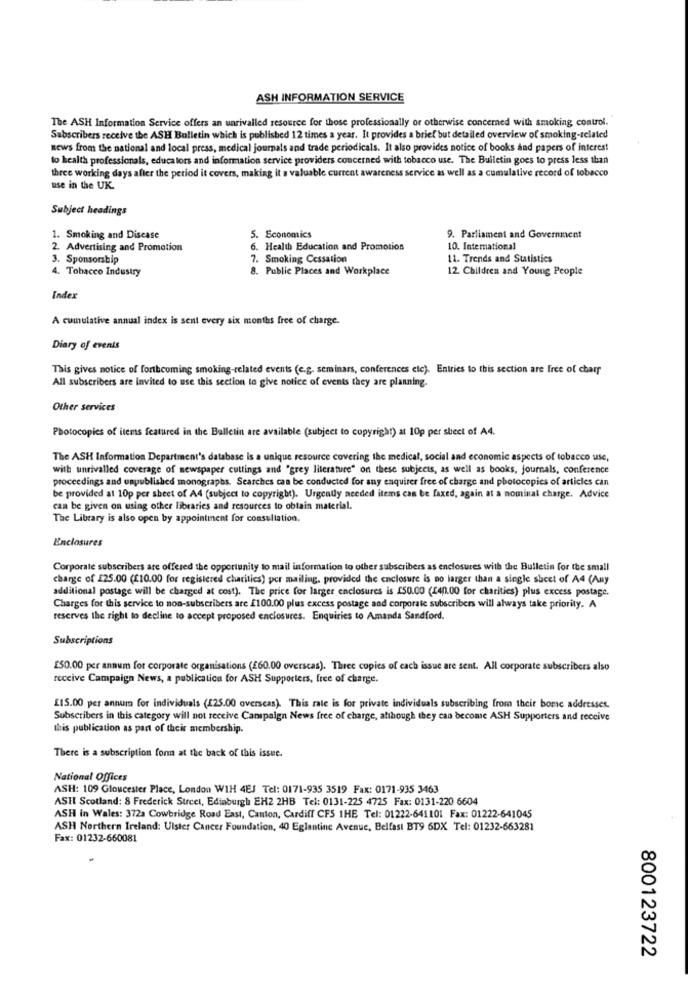
ASH INFORMATION SERVICE
The ASH Information Service offers an unrivalled resource for those professionally or otherwise concerned with smoking control.
Subscribers receive the ASH Bulletin which is published 12 times a year. It provides a brief but detailed overview of smoking-related
news from the national and local press, medical journals and trade periodicals. It also provides notice of books and papers of interest
to health professionals, educators and information service providers concerned with tobacco use. The Bulletin goes to press less than
three working days after the period it covers, making it a valuable current awareness service as well as a cumulative record of tobacco
use in the UK.
Subject headings
1. Smoking and Disease
5. Economics
9. Parliament and Government
2. Advertising and Promotion
6. Health Education and Promotion
10. International
3. Sponsorship
7. Smoking Cessation
11. Trends and Statistics
4. Tobacco Industry
8. Public Places and Workplace
12 Children and Young People
Index
A cumulative annual index is sent every six months free of charge.
Diary of events
This gives notice of forthcoming smoking-related events (e.g. seminars, conferences etc). Entries to this section are free of charr
All subscribers are invited to use this section to give notice of events they are planning.
Other services
Photocopies of items featured in the Balletin are available (subject to copyright) at 10p per sheet of A4.
The ASH Information Department's database is a unique resource covering the medical, social and economic aspects of tobacco use,
with unrivalled coverage of newspaper cuttings and "grey literature" on these subjects, as well as books, journals, conference
proceedings and unpublished monographs. Searches can be conducted for any enquirer free of charge and photocopies of articles can
be provided at 10p per sheet of A4 (subject to copyright). Urgently needed items can be faxed, again at a nominal charge. Advice
can be given on using other libraries and resources to obtain material.
The Library is also open by appointment for consultation.
Enclosures
Corporate subscribers are offered the opportunity to mail information to other subscribers as enclosures with the Bulletin for the small
charge of £25.00 (£10.00 for registered charities) per mailiug, provided the enclosure is no larger than a single sheet of A4 (Any
additional postage will be charged at cost). The price for larger enclosures is 150.00 (140.00 for charities) plus excess postage.
Charges for this service to non-subscribers are £100.00 plus excess postage and corporate subscribers will always take priority. A
reserves the right to decline to accept proposed enclosures. Enquiries to Amanda Sandford.
Subscriptions
£50.00 per annum for corporate organisations (£60.00 overseas). Three copies of each issue are sent. All corporate subscribers also
receive Campaign News, a publication for ASH Supporters, free of charge.
£15.00 per annum for individuals (125.00 overseas). This rate is for private individuals subscribing from their bome addresses.
Subscribers in this category will not receive Campaign News free of charge, although they can become ASH Supporters and receive
this publication as part of their membership.
There is a subscription fon at the back of this issue.
National Offices
ASH: 109 Gloucester Place, London WIH 4EJ Tel: 0171-935 3519 Fax: 0171-935 3463
ASHI Scotland: 8 Frederick Street, Edinburgh EH2 2HB Tel: 0131-225 4725 Fax: 0131-220 6604
ASH in Wales: 372a Cowbridge Road East, Canton, Cardiff CFS 1HE Tel: 01222-641101 Fax: 01222-641045
ASH Northern Ireland: Ulster Cancer Foundation, 40 Eglantinc Avenue, Belfast BT9 6DX Tel: 01232-663281
Fax: 01232-660081
800123722